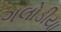
ગલોડીયા